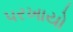
પરખાયો